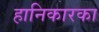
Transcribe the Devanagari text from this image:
हानिकारका